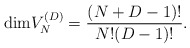
\begin{align*}{\rm dim} V_N^{(D)} = {(N+D-1)!\over N! (D-1)!}.\end{align*}